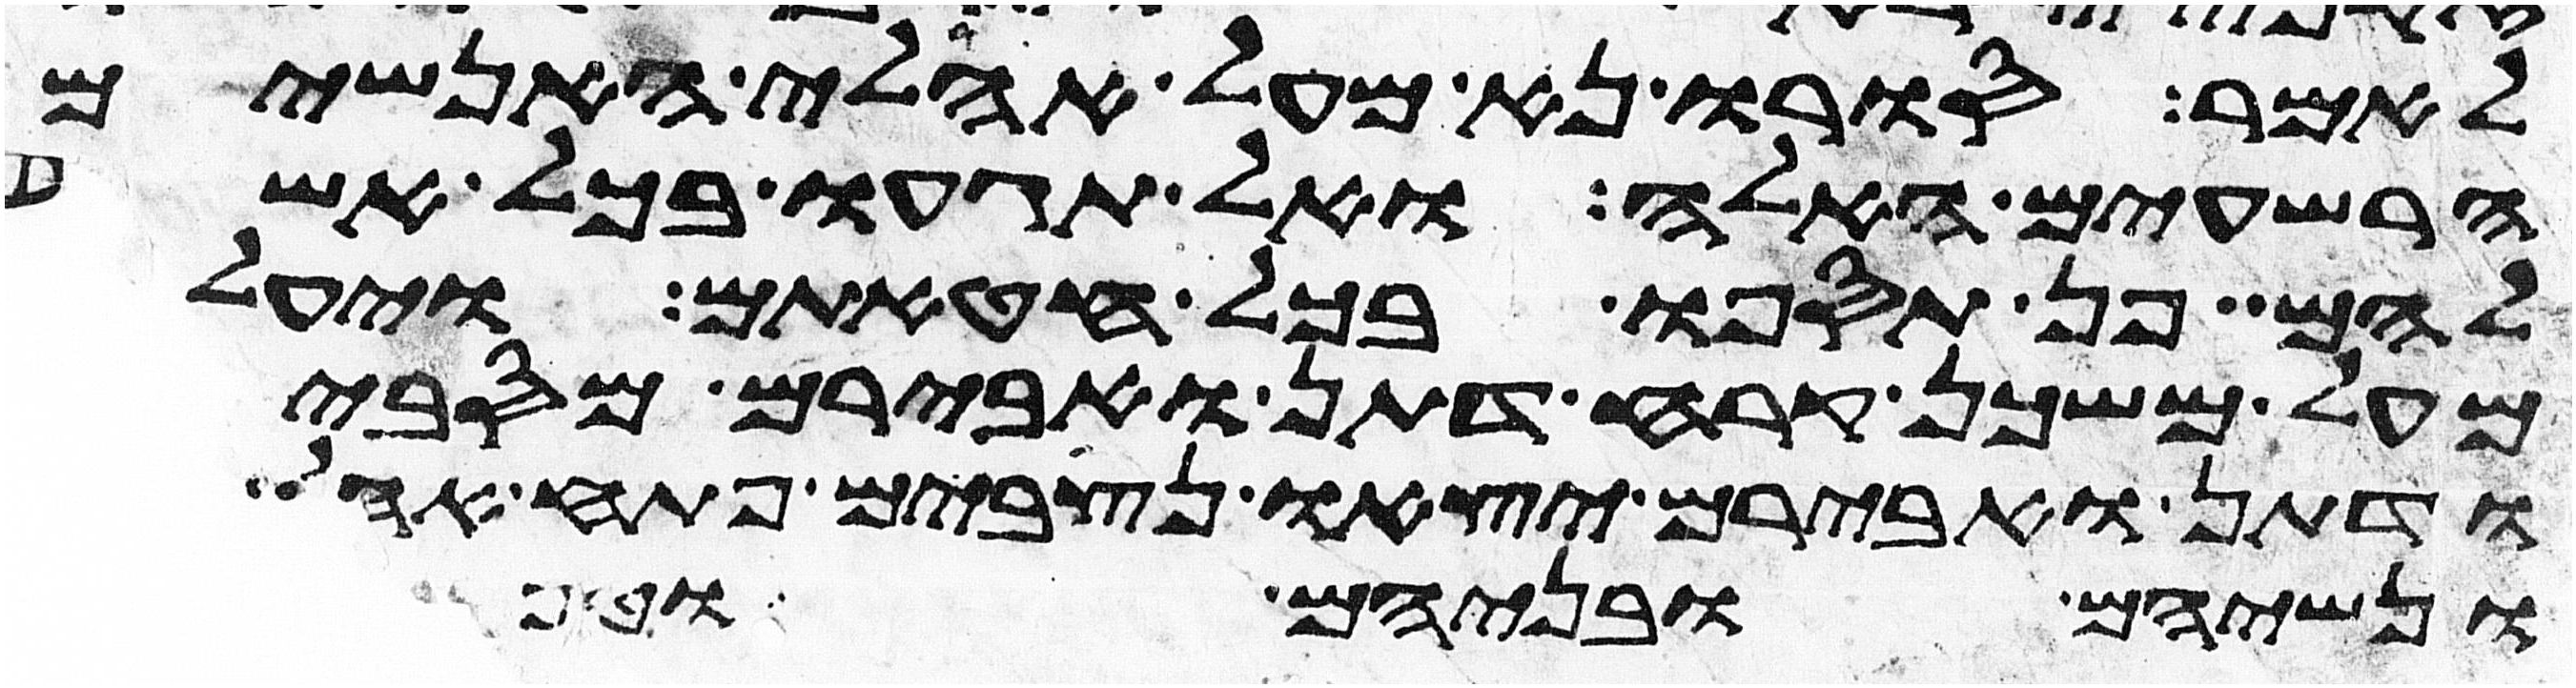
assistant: לאמר סורו נא מעל אהלי האנשים
הרשעים האלה ואל תגעו בכל אשר
להם פן תספו בכל חטאתם ויעלו
מעל משכן קרח דתן ואבירם מסביב
ודתן ואבירם יצאו נצבים פתח
ונשיהם ובניהם